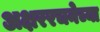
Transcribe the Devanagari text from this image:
अक्षररचनेच्या